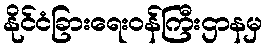
နိုင်ငံခြားရေးဝန်ကြီးဌာနမှ